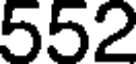
552